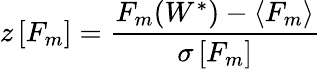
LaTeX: z\left[F_{m}\right]=\frac{F_{m}(W^{*})-\langle F_{m}\rangle}{\sigma\left[F_{m}\right]}